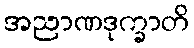
အညာဏဒုက္ခာတိ